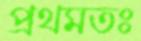
প্রথমতঃ